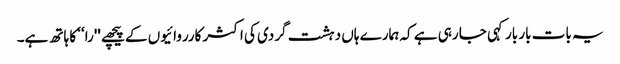
یہ بات بار بار کہی جا رہی ہے کہ ہمارے ہاں دہشت گردی کی اکثر کارروائیوں کے پیچھے ''را‘‘ کا ہاتھ ہے۔